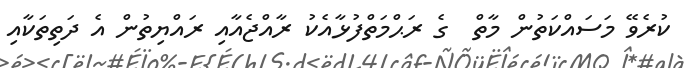
ކުރެވޭ މަސައްކަތުން މާތް  ގެ ރަޙްމަތްފުޅާއެކު ރާއްޖެއާއި ރައްޔިތުން އެ ދަތިތަކާއި